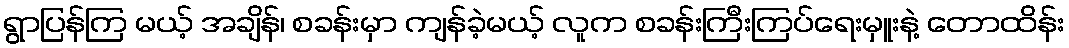
ရွာပြန်ကြ မယ့် အချိန်၊ စခန်းမှာ ကျန်ခဲ့မယ့် လူက စခန်းကြီးကြပ်ရေးမှူးနဲ့ တောထိန်း